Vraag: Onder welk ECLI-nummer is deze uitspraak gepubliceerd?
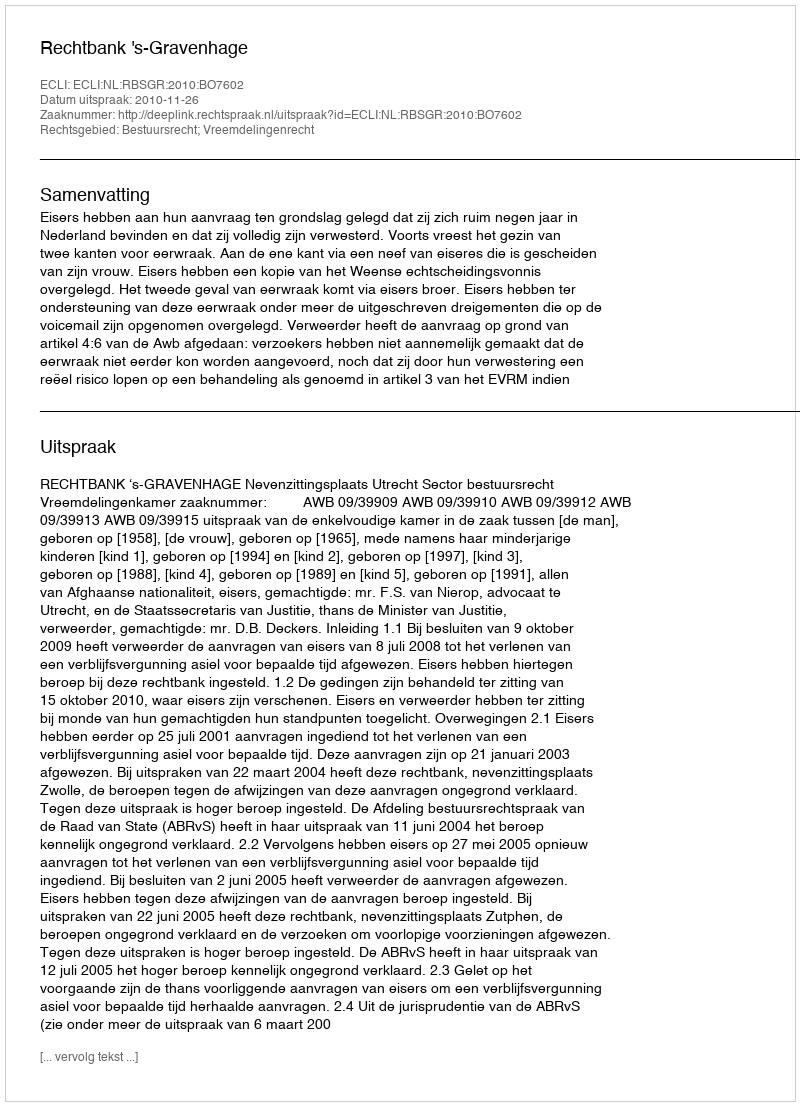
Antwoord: ECLI:NL:RBSGR:2010:BO7602